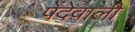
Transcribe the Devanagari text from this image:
पेंदेवाली